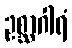
ဥစ္ဆာဂါရံ